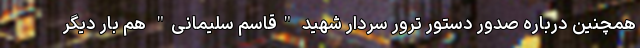
همچنین درباره صدور دستور ترور سردار شهید "قاسم سلیمانی" هم بار دیگر